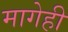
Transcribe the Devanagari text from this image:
मागेही